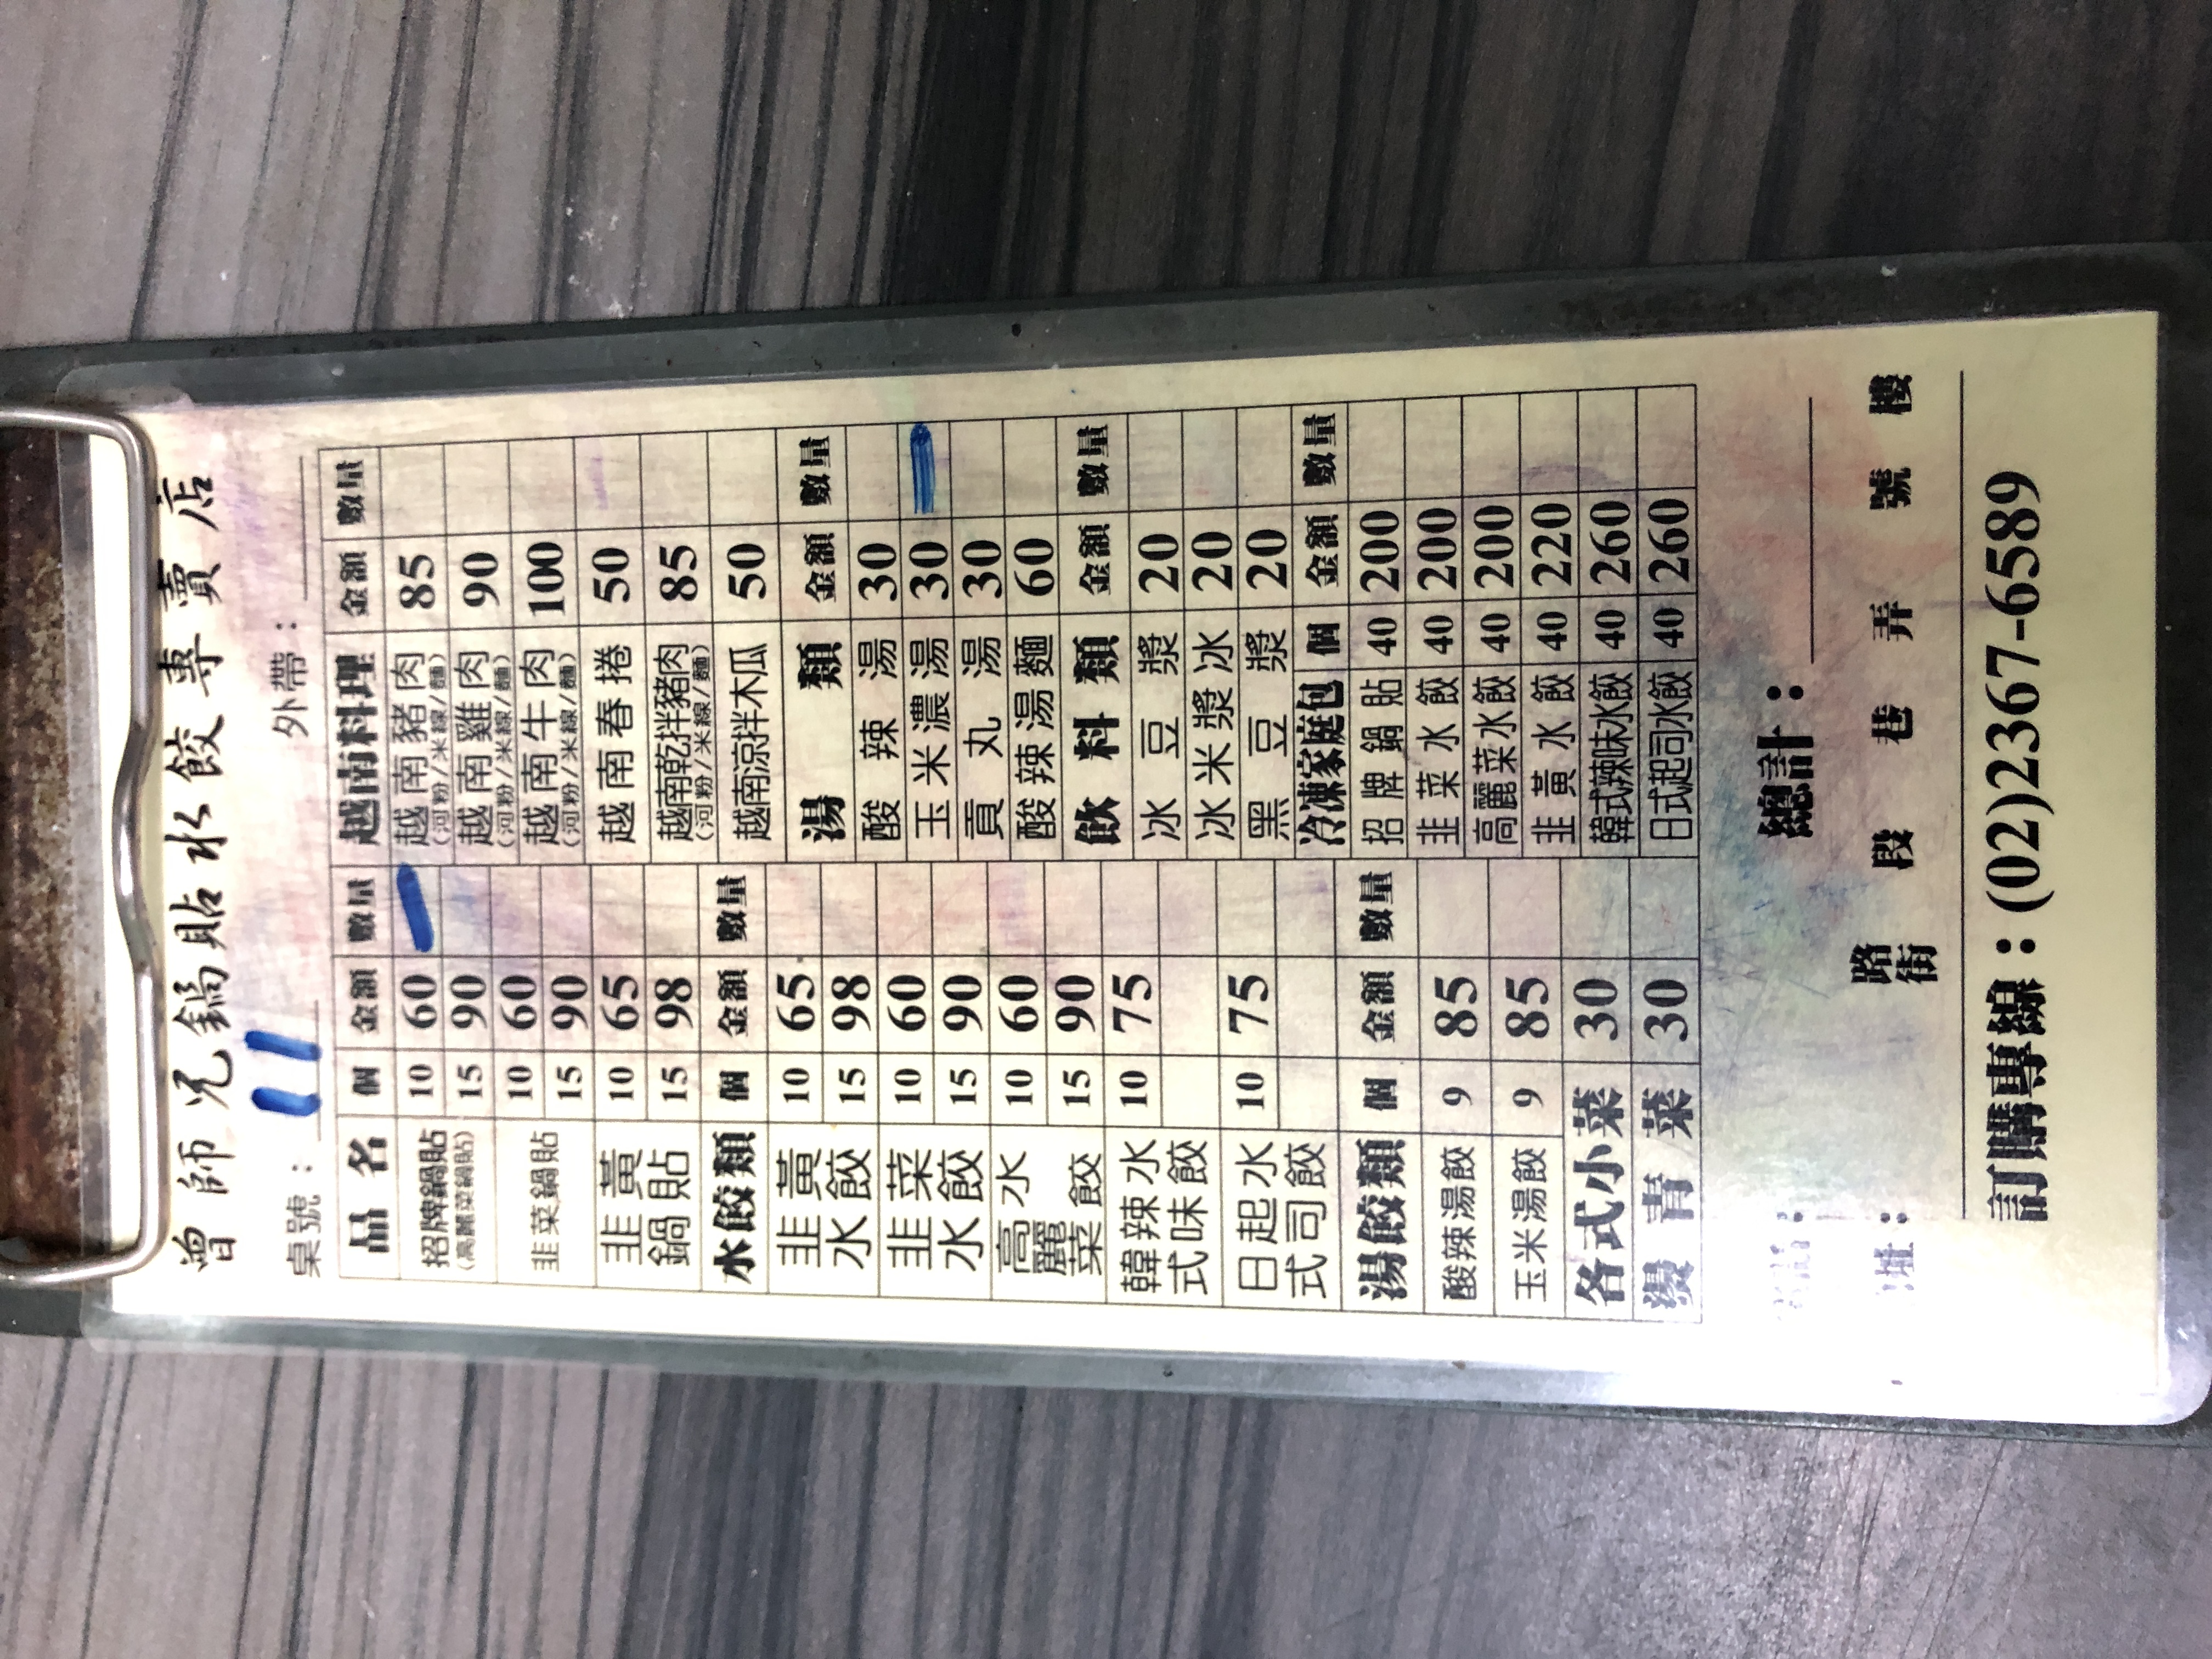
餐廳：曾師冗鍋貼水餃專賣店
電話：(02)2367-6589
菜單：
name: 招牌鍋貼(高麗菜鍋貼)
price: 60
name: 越南豬肉(河粉/米線/麵)
price: 85
name: 越南雞肉(河粉/米線/麵)
price: 90
name: 韭菜鍋貼
price: 60
name: 韭黃鍋貼
price: 65
name: 韭黃水餃
price: 65
name: 韭菜水餃
price: 60
name: 高麗菜水餃
price: 60
name: 韓式辣味水餃
price: 75
name: 日式起司水餃
price: 75
name: 酸辣湯餃
price: 85
name: 玉米湯餃
price: 85
name: 各式小菜
price: 30
name: 燙青菜
price: 30
name: 越南牛肉(河粉/米線/麵)
price: 100
name: 越南春捲
price: 50
name: 越南乾拌豬肉(河粉/米線/麵)
price: 85
name: 越南涼拌木瓜
price: 50
name: 酸辣湯
price: 30
name: 玉米濃湯
price: 30
name: 貢丸湯
price: 30
name: 酸辣湯麵
price: 60
name: 冰豆漿
price: 20
name: 冰米漿
price: 20
name: 黑豆漿
price: 20
name: 招牌鍋貼(冷凍家庭包)
price: 200
name: 韭菜水餃(冷凍家庭包)
price: 200
name: 高麗菜水餃(冷凍家庭包)
price: 200
name: 韭黃水餃(冷凍家庭包)
price: 220
name: 韓式辣味水餃(冷凍家庭包)
price: 260
name: 日式起司水餃(冷凍家庭包)
price: 260